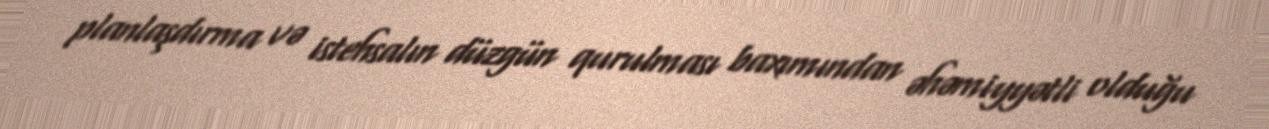
planlaşdırma və istehsalın düzgün qurulması baxımından əhəmiyyətli olduğu